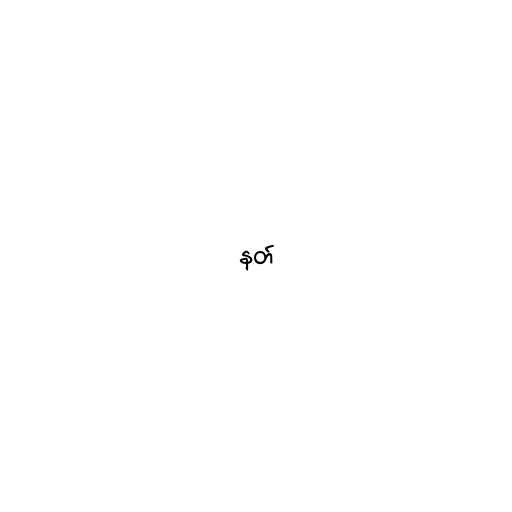
နတ်